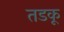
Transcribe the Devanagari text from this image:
तडकू